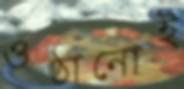
ওঠানোই